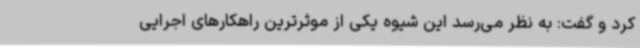
کرد و گفت: به نظر می‌رسد این شیوه یکی از موثرترین راهکارهای اجرایی